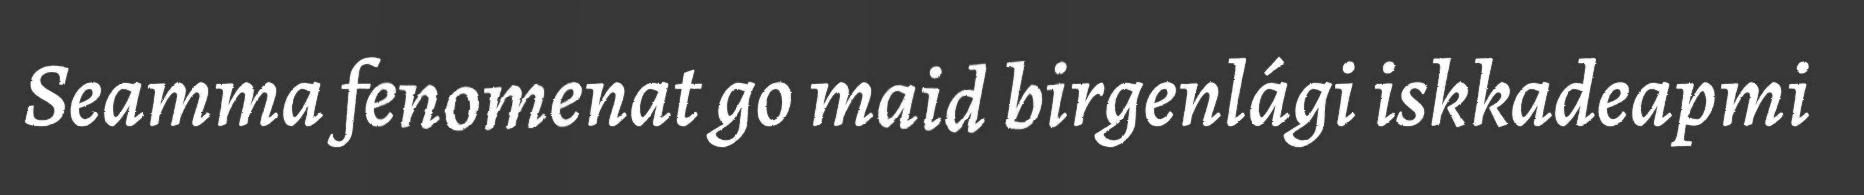
Seamma fenomenat go maid birgenlági iskkadeapmi